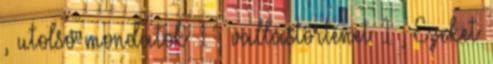
, utolsó mondatok 1 , vallástörténet 1 , Ezeket